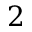
2